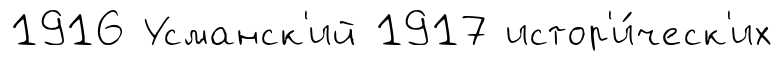
1916 Усманск'ий 1917 истор'и́ческ'их